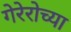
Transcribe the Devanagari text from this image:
गेरेरोच्या